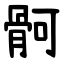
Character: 䯊